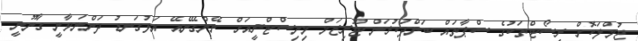
ޖުމްލަކޮށް ރިސޯޓްތަކުގެ ސްޕާތައް ބަންދުކުރަން ޓޫރިޒަމް މިނިސްޓްރީއަށް ނޭންގޭނެއޭ އަޅުގަނޑު ދަންނަވާނީ ގާނޫނީ